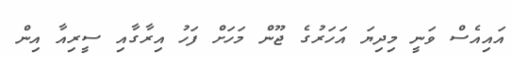
އައިއެސް ވަނީ މިދިޔަ އަހަރުގެ ޖޫން މަހަށް ފަހު އިރާާގާއި ސީރިއާ އިން